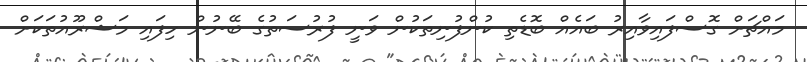
މައްޗަށް ގޮސްފައިވާއިރު ބައެއް ބޮޑެތި ކުންފުނިތަކުން ވަނީ ފުރުސަތުގެ ބޭނުން ހިފައި މަޝްރޫއުތަކަށް